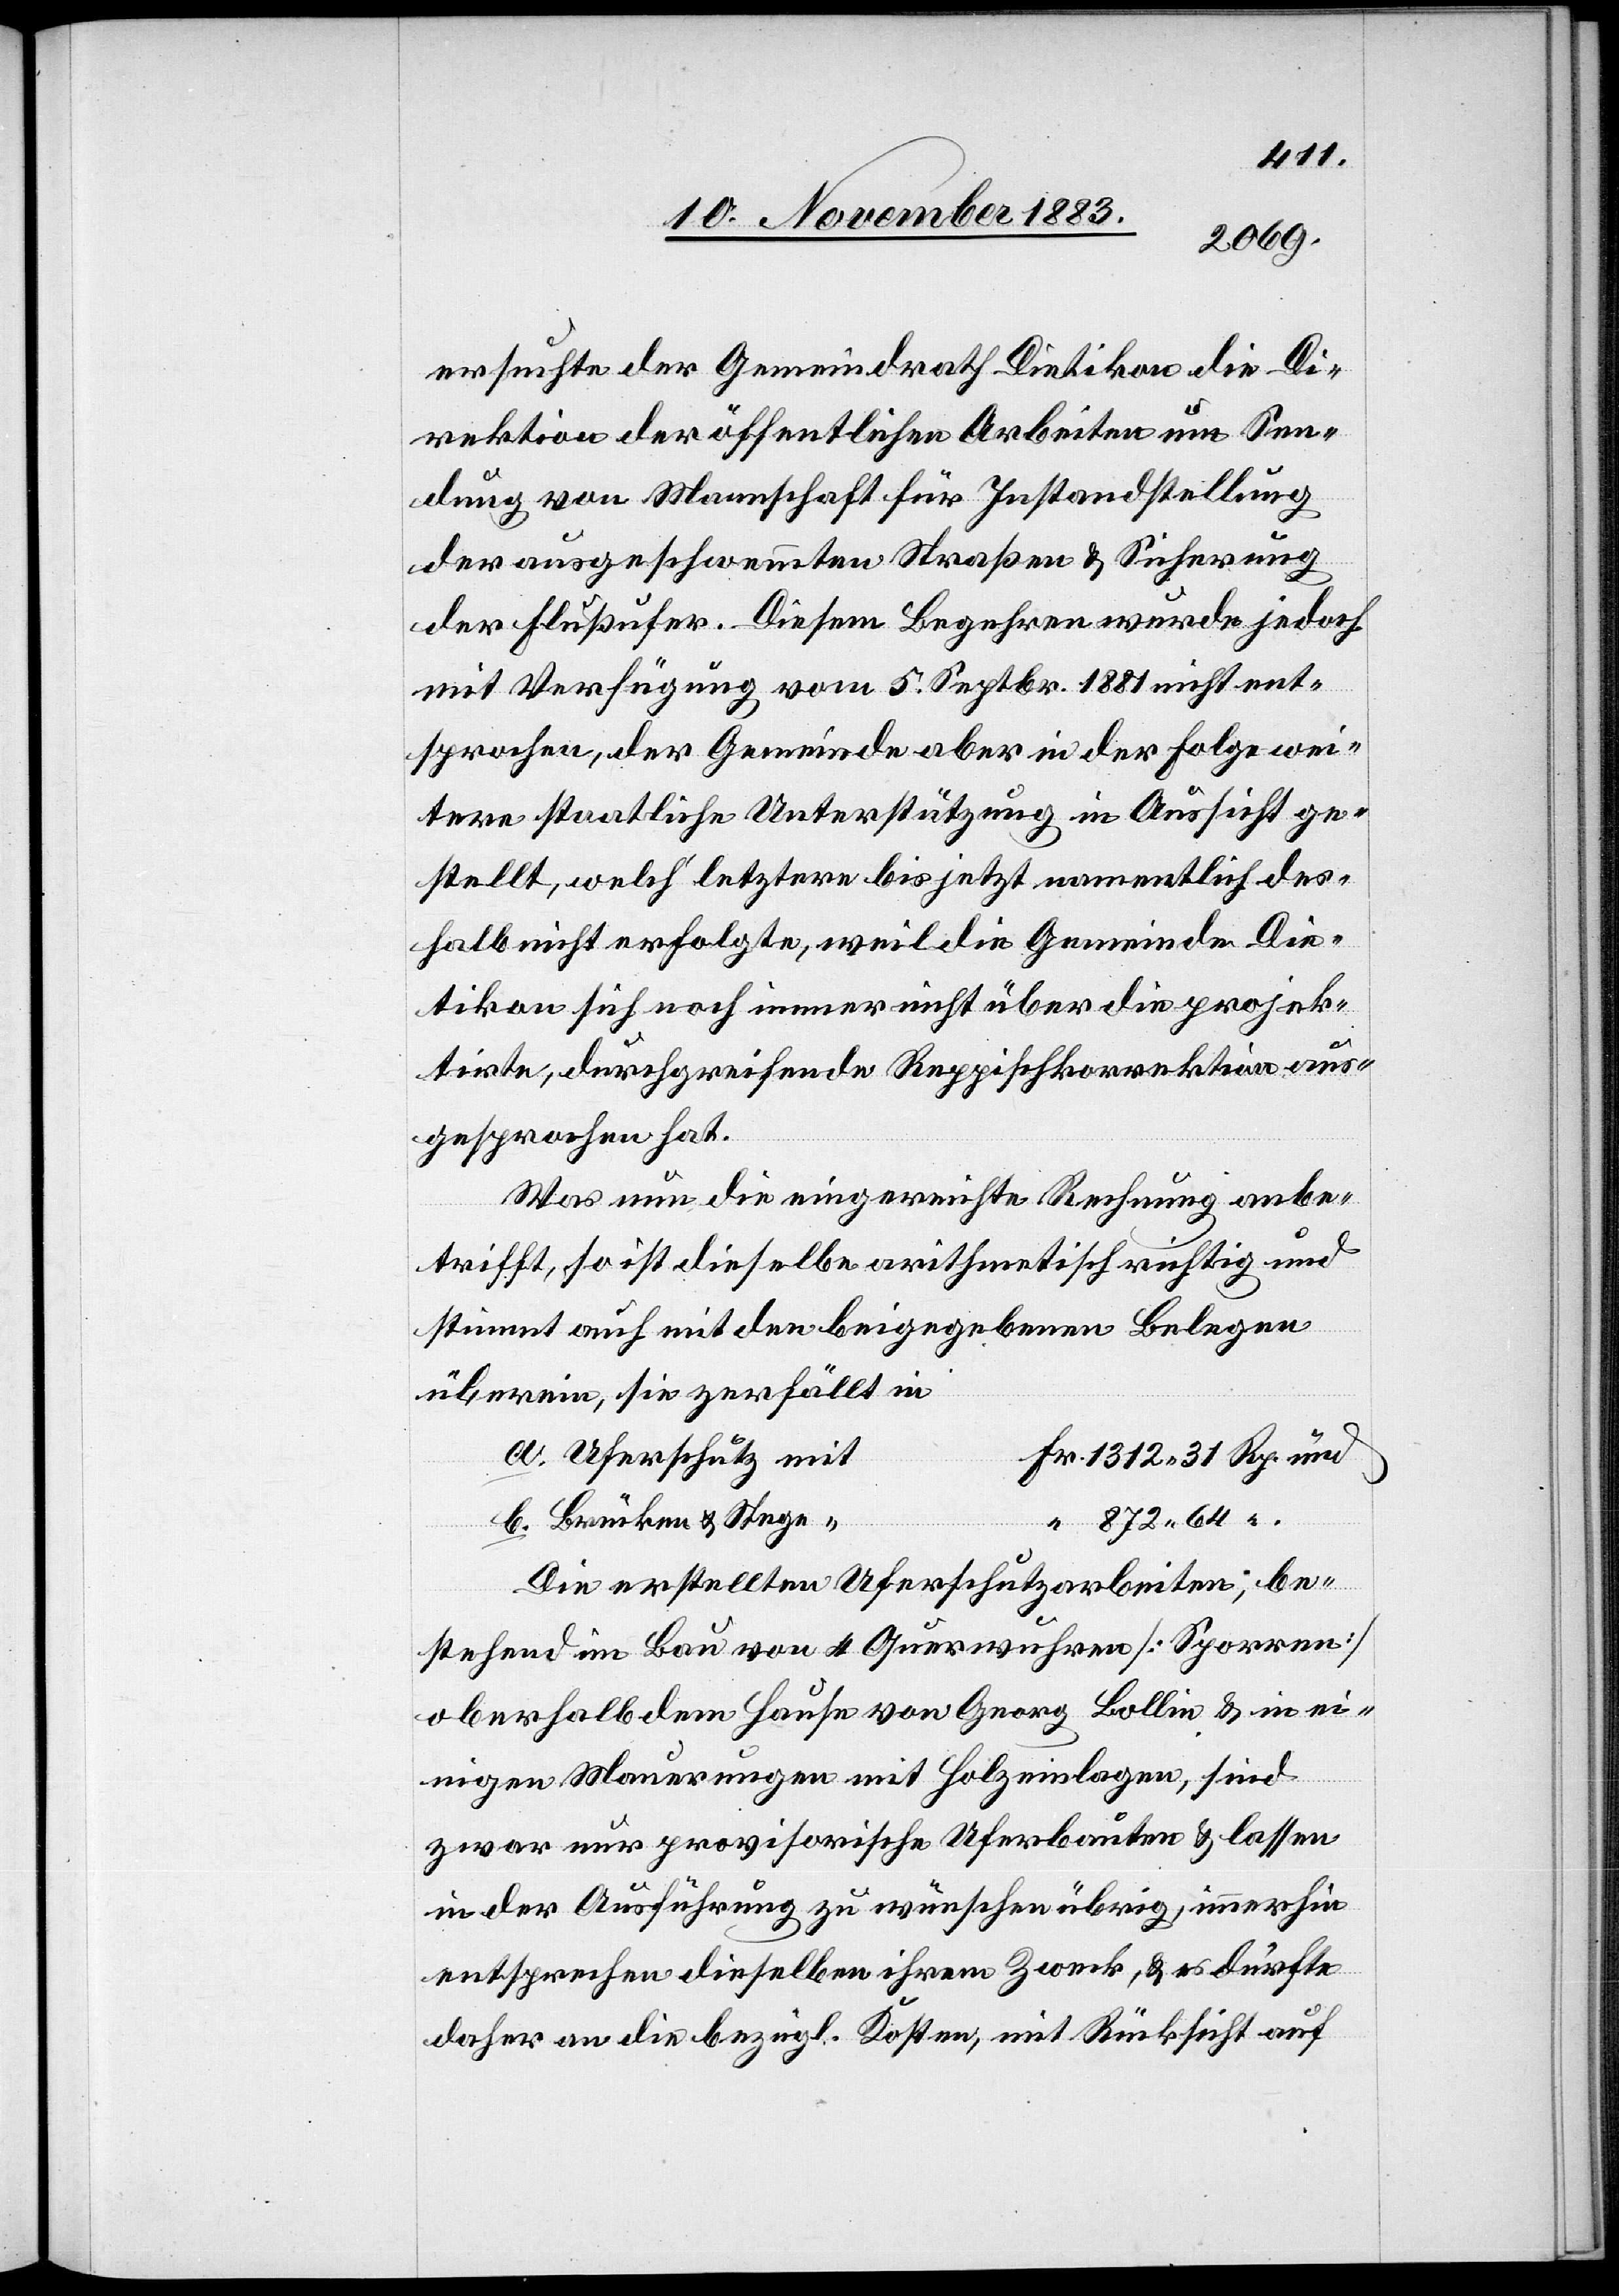
ersuchte der Gemeindrath Dietikon die Di¬
rektion der öffentlichen Arbeiten um Sen¬
dung von Mannschaft für Instandstellung
der ausgeschwemmten Straßen & Sicherung
der Flußufer. Diesem Begehren wurde jedoch
mit Verfügung vom 5. Septbr. 1881 nicht ent¬
sprochen, der Gemeinde aber in der Folge wei¬
tere staatliche Unterstützung in Aussicht ge¬
stellt, welch‘ letztere bis jetzt namentlich des¬
halb nicht erfolgte, weil die Gemeinde Die¬
tikon sich noch immer nicht über die projek¬
tirte, durchgreifende Reppischkorrektion aus¬
gesprochen hat.
Was nun die eingereichte Rechnung anbe¬
trifft, so ist dieselbe arithmetisch richtig und
und
stimmt auch mit den beigegebenen Belegen
überein, sie zerfällt in
Die erstellten Uferschutzarbeiten, be¬
stehend im Bau von Querwuhren [Sporren]
oberhalb dem Hause von Georg Bollin & in ei¬
Stege
nigen Mauerungen mit Holzeinlagen, sind
zwar nur provisorische Uferbauten & lassen
in der Ausführung zu wünschen übrig, immerhin
entsprechen dieselben ihrem Zweck, & es dürfte
daher an die bezügl. Kosten, mit Rücksicht auf